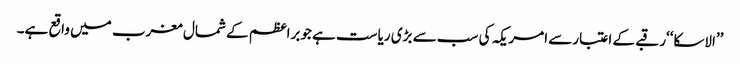
’’الاسکا‘‘رقبے کے اعتبارسے امریکہ کی سب سے بڑی ریاست ہے جوبراعظم کے شمال مغرب میں واقع ہے۔